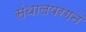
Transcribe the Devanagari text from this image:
संथालपरगने